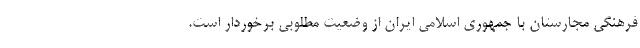
فرهنگی مجارستان با جمهوری اسلامی ایران از وضعیت مطلوبی برخوردار است.